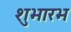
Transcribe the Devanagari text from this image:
शुभारभ